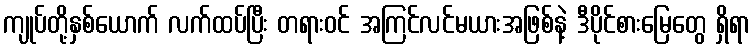
ကျုပ်တို့နှစ်ယောက် လက်ထပ်ပြီး တရားဝင် အကြင်လင်မယားအဖြစ်နဲ့ ဒီပိုင်စားမြေတွေ ရှိရာ